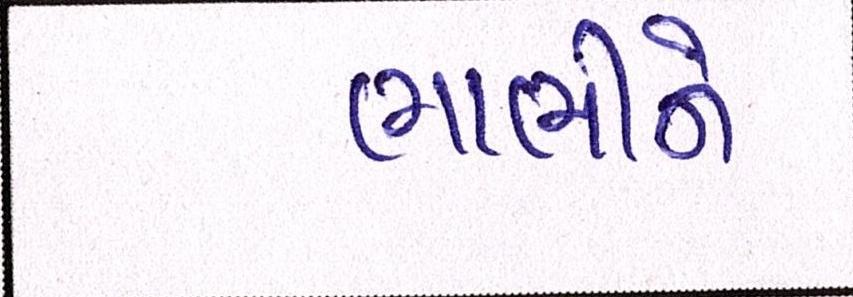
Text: ભાભીને